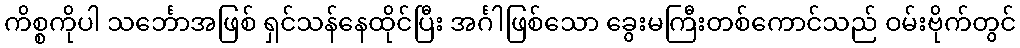
ကိစ္စကိုပါ သင်္ဘောအဖြစ် ရှင်သန်နေထိုင်ပြီး အင်္ဂါဖြစ်သော ခွေးမကြီးတစ်ကောင်သည် ဝမ်းဗိုက်တွင်